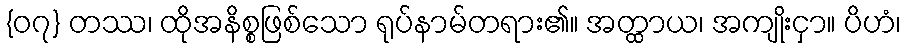
{၀၇} တဿ၊ ထိုအနိစ္စဖြစ်သော ရုပ်နာမ်တရား၏။ အတ္ထာယ၊ အကျိုးငှာ။ ပိဟံ၊